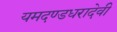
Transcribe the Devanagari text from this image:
यमदण्डधरादेवी